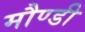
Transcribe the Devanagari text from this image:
मौण्डी